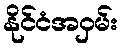
နိုင်ငံအဝှမ်း